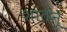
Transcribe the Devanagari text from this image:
शांतनू